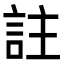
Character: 註